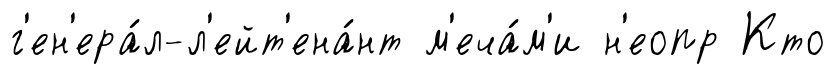
г'ен'ера́л-л'ейт'ена́нт м'еча́м'и н'еопр Кто